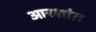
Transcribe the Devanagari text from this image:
आरशांत